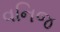
વનિજ